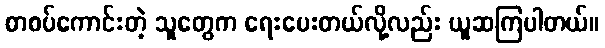
စာစပ်ကောင်းတဲ့ သူတွေက ရေးပေးတယ်လို့လည်း ယူဆကြပါတယ်။